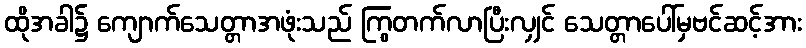
ထိုအခါ၌ ကျောက်သေတ္တာအဖုံးသည် ကြွတက်လာပြီးလျှင် သေတ္တာပေါ်မှဗင်ဆင့်အား